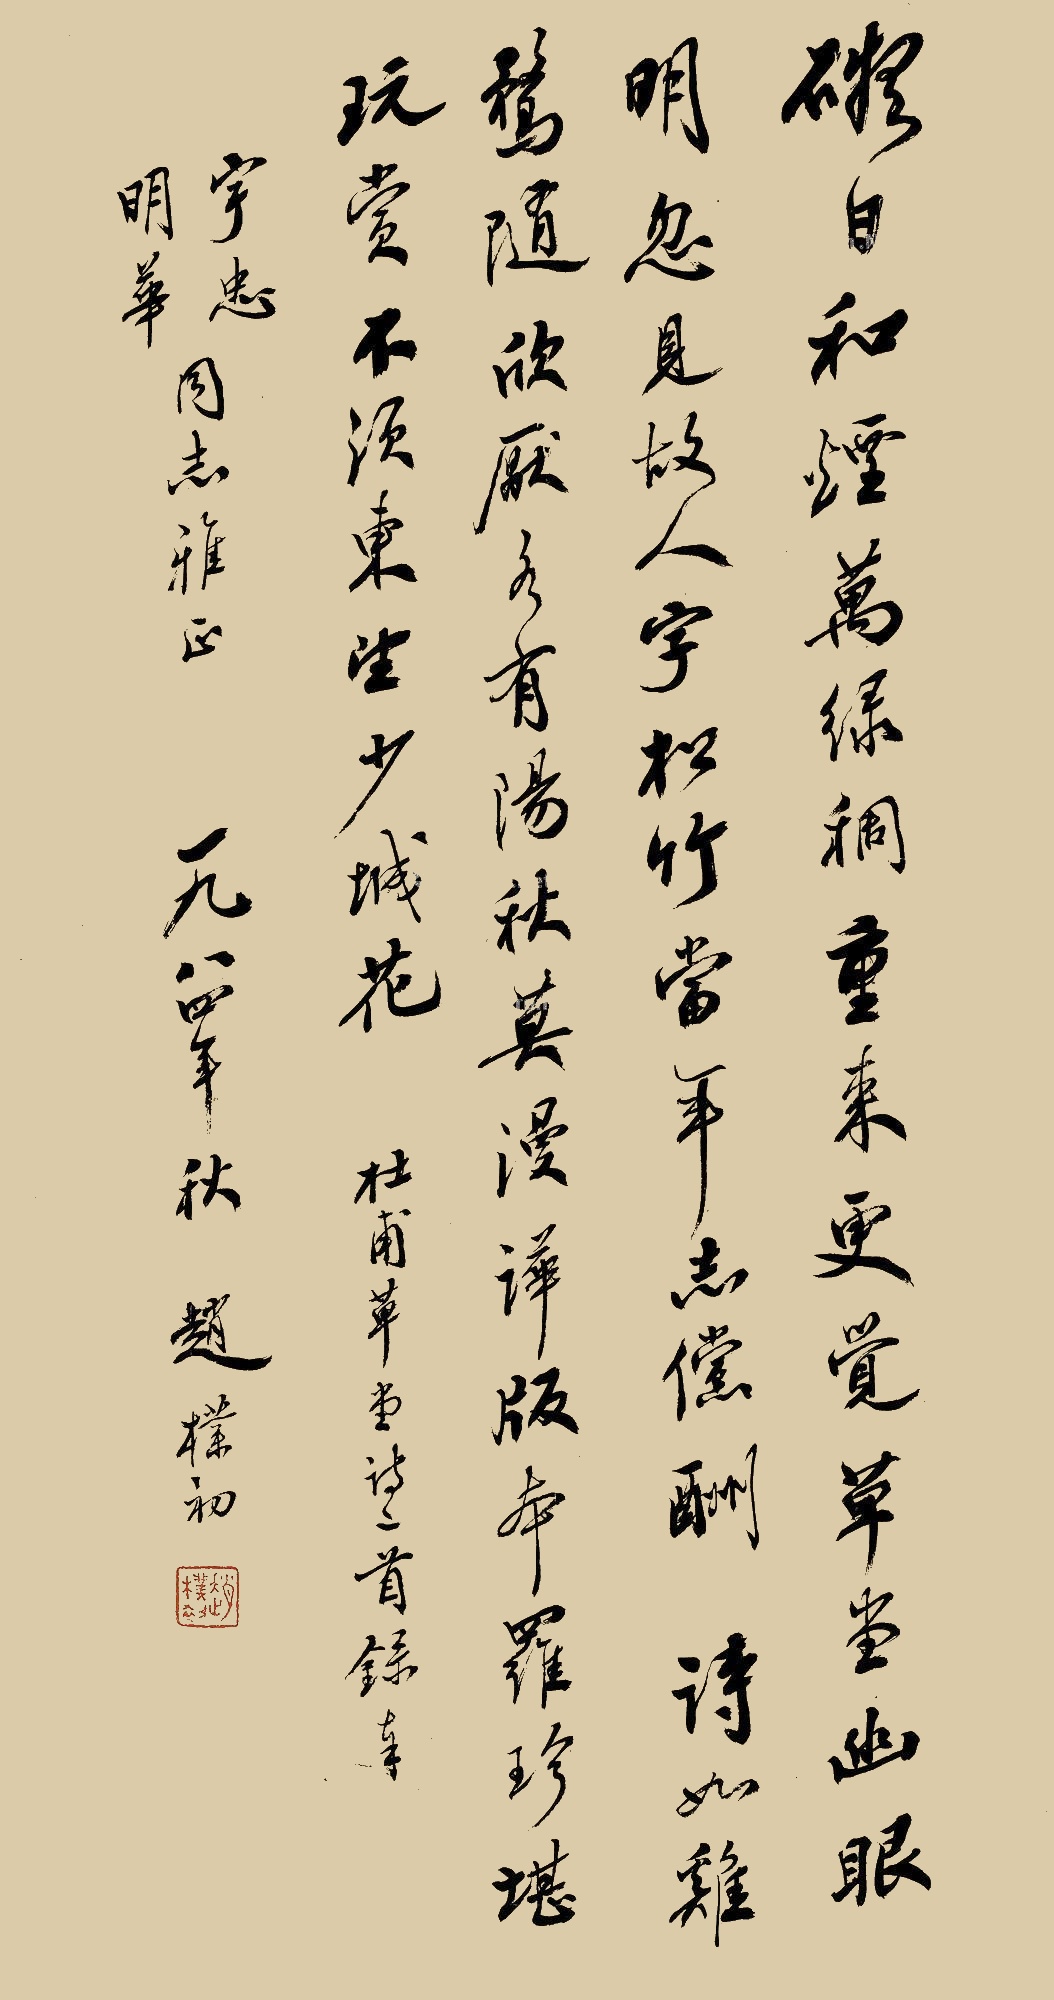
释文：碍日和烟万绿稠,重来更觉草堂幽。眼明忽见故人字,松竹当年志倘酬。诗如鸡鹜随欣厌,各有阳秋莫漫哗。版本罗珍堪玩赏，不须东望少城花。杜甫草堂诗二首录本。宇忠、明华同志雅正。一九八四年秋，赵朴初。